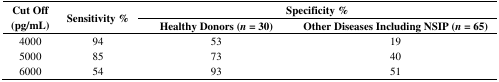
| <ROWSPAN=3> Cut Off (pg/mL) | <ROWSPAN=3> Sensitivity % | <COLSPAN=2> Specificity % |
 | Healthy Donors (n = 30) | Other Diseases Including NSIP (n = 65) |
 | --- | --- | --- | --- |
 | 4000 | 94 | 53 | 19 |
 | 5000 | 85 | 73 | 40 |
 | 6000 | 54 | 93 | 51 |